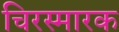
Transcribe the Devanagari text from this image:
चिरस्मारक